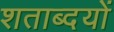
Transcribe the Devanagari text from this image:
शताब्दयों